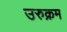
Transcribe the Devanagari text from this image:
उरुक्रम